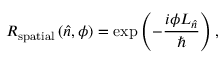
R _ { \mathrm { s p a t i a l } } \left( { \hat { n } } , \phi \right) = \exp \left( - { \frac { i \phi L _ { \hat { n } } } { \hbar } } \right) ,